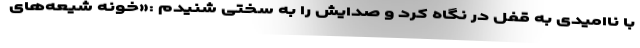
با ناامیدی به قفل در نگاه کرد و صدایش را به سختی شنیدم :«خونه شیعه‌های